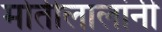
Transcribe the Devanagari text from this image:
मोतीलालांनी